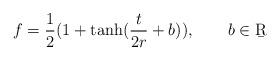
LaTeX: \begin{align*}f = \frac 12 (1 + \tanh (\frac{t}{2r} + b)), \qquad b \in \b{R} \end{align*}